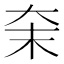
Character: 㭐